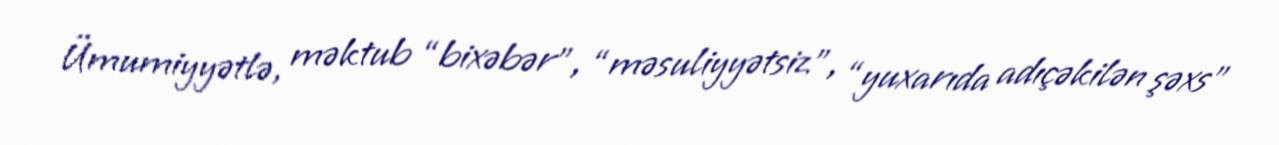
Ümumiyyətlə, məktub “bixəbər”, “məsuliyyətsiz”, “yuxarıda adıçəkilən şəxs”